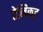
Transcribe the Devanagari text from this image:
ऐनिकट